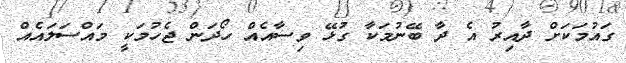
ގައުމަކަށް ދާއިރު އެ ދާ ބޭނުމަކާ ގުޅޭ ވިސާއެއް ހޯދަން ޖެހުމަކީ މައްސަލައެއް